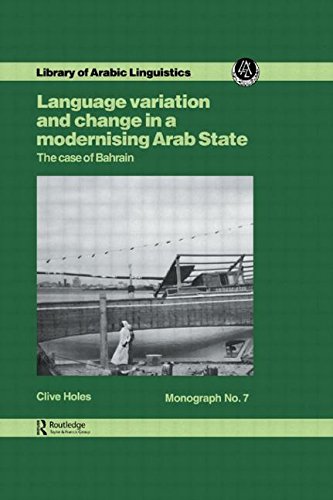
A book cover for Language Variation And Change In A Modernising Arab State: The Case Of Bahrain (Library of Arabic Linguistics, Monograph 7); Holes; History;